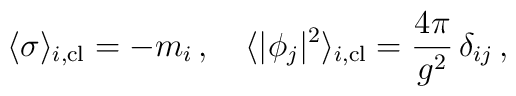
\langle\sigma\rangle _{i,\rm cl} = -m_{i}\, ,\quad \langle |\phi_{j}|^{2}\rangle _{i,\rm cl} = {4\pi\over g^{2}}\, \delta_{ij}\, ,